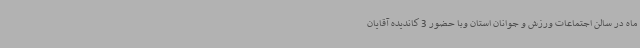
ماه در سالن اجتماعات ورزش و جوانان استان وبا حضور 3 کاندیده آقایان